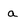
Character: a